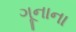
ગૂનાના